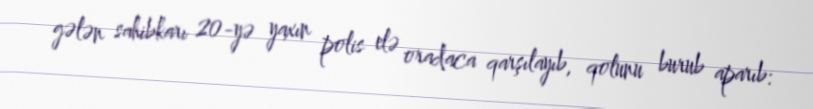
gələn sahibkarı 20-yə yaxın polis elə oradaca qarşılayıb, qolunu burub aparıb: